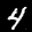
Label: 4